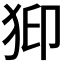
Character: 𱭹